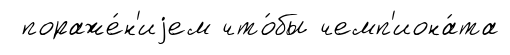
пораже́н'иjем что́бы чемп'иона́та